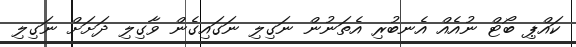
ކައްޕި ބޯޓް ނުއެއް އެނބުރި އެތަނުން ނަގިލި ނަގައިގެން ވާގިލި ދަށަށް ނަގިލި